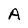
Character: A